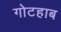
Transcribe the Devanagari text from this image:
गोटहाब